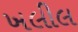
ખલીલ